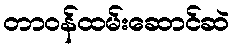
တာဝန်ထမ်းဆောင်ဆဲ